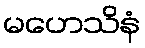
မဟေသိနံ